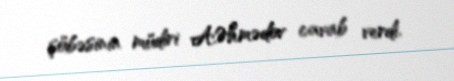
şöbəsinin müdiri A.Əhmədov cavab verdi.